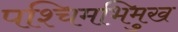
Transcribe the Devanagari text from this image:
पश्चिमभिमुख